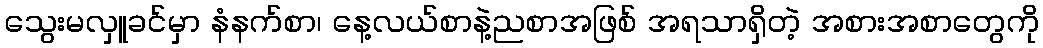
သွေးမလှူခင်မှာ နံနက်စာ၊ နေ့လယ်စာနဲ့ညစာအဖြစ် အရသာရှိတဲ့ အစားအစာတွေကို